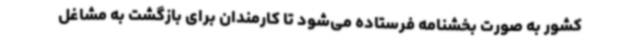
کشور به صورت بخشنامه فرستاده می‌شود تا کارمندان برای بازگشت به مشاغل